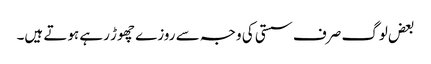
بعض لوگ صرف سستی کی وجہ سے روزے چھوڑ رہے ہوتے ہیں۔